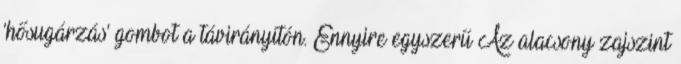
‘hősugárzás’ gombot a távirányítón. Ennyire egyszerű Az alacsony zajszint